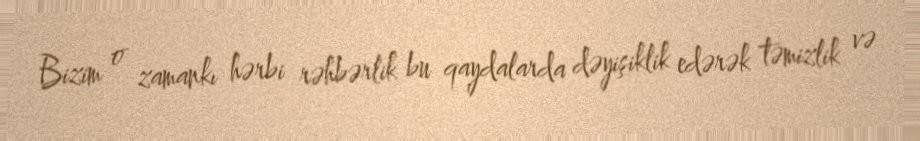
Bizim o zamankı hərbi rəhbərlik bu qaydalarda dəyişiklik edərək təmizlik və